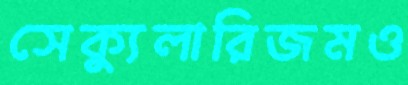
সেক্যুলারিজমও